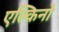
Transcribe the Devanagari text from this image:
एल्किनो